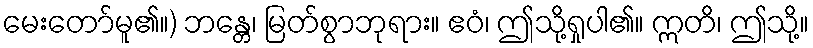
မေးတော်မူ၏။) ဘန္တေ၊ မြတ်စွာဘုရား။ ဧဝံ၊ ဤသို့ရှုပါ၏။ ဣတိ၊ ဤသို့။